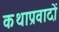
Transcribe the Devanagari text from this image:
कथाप्रवादों